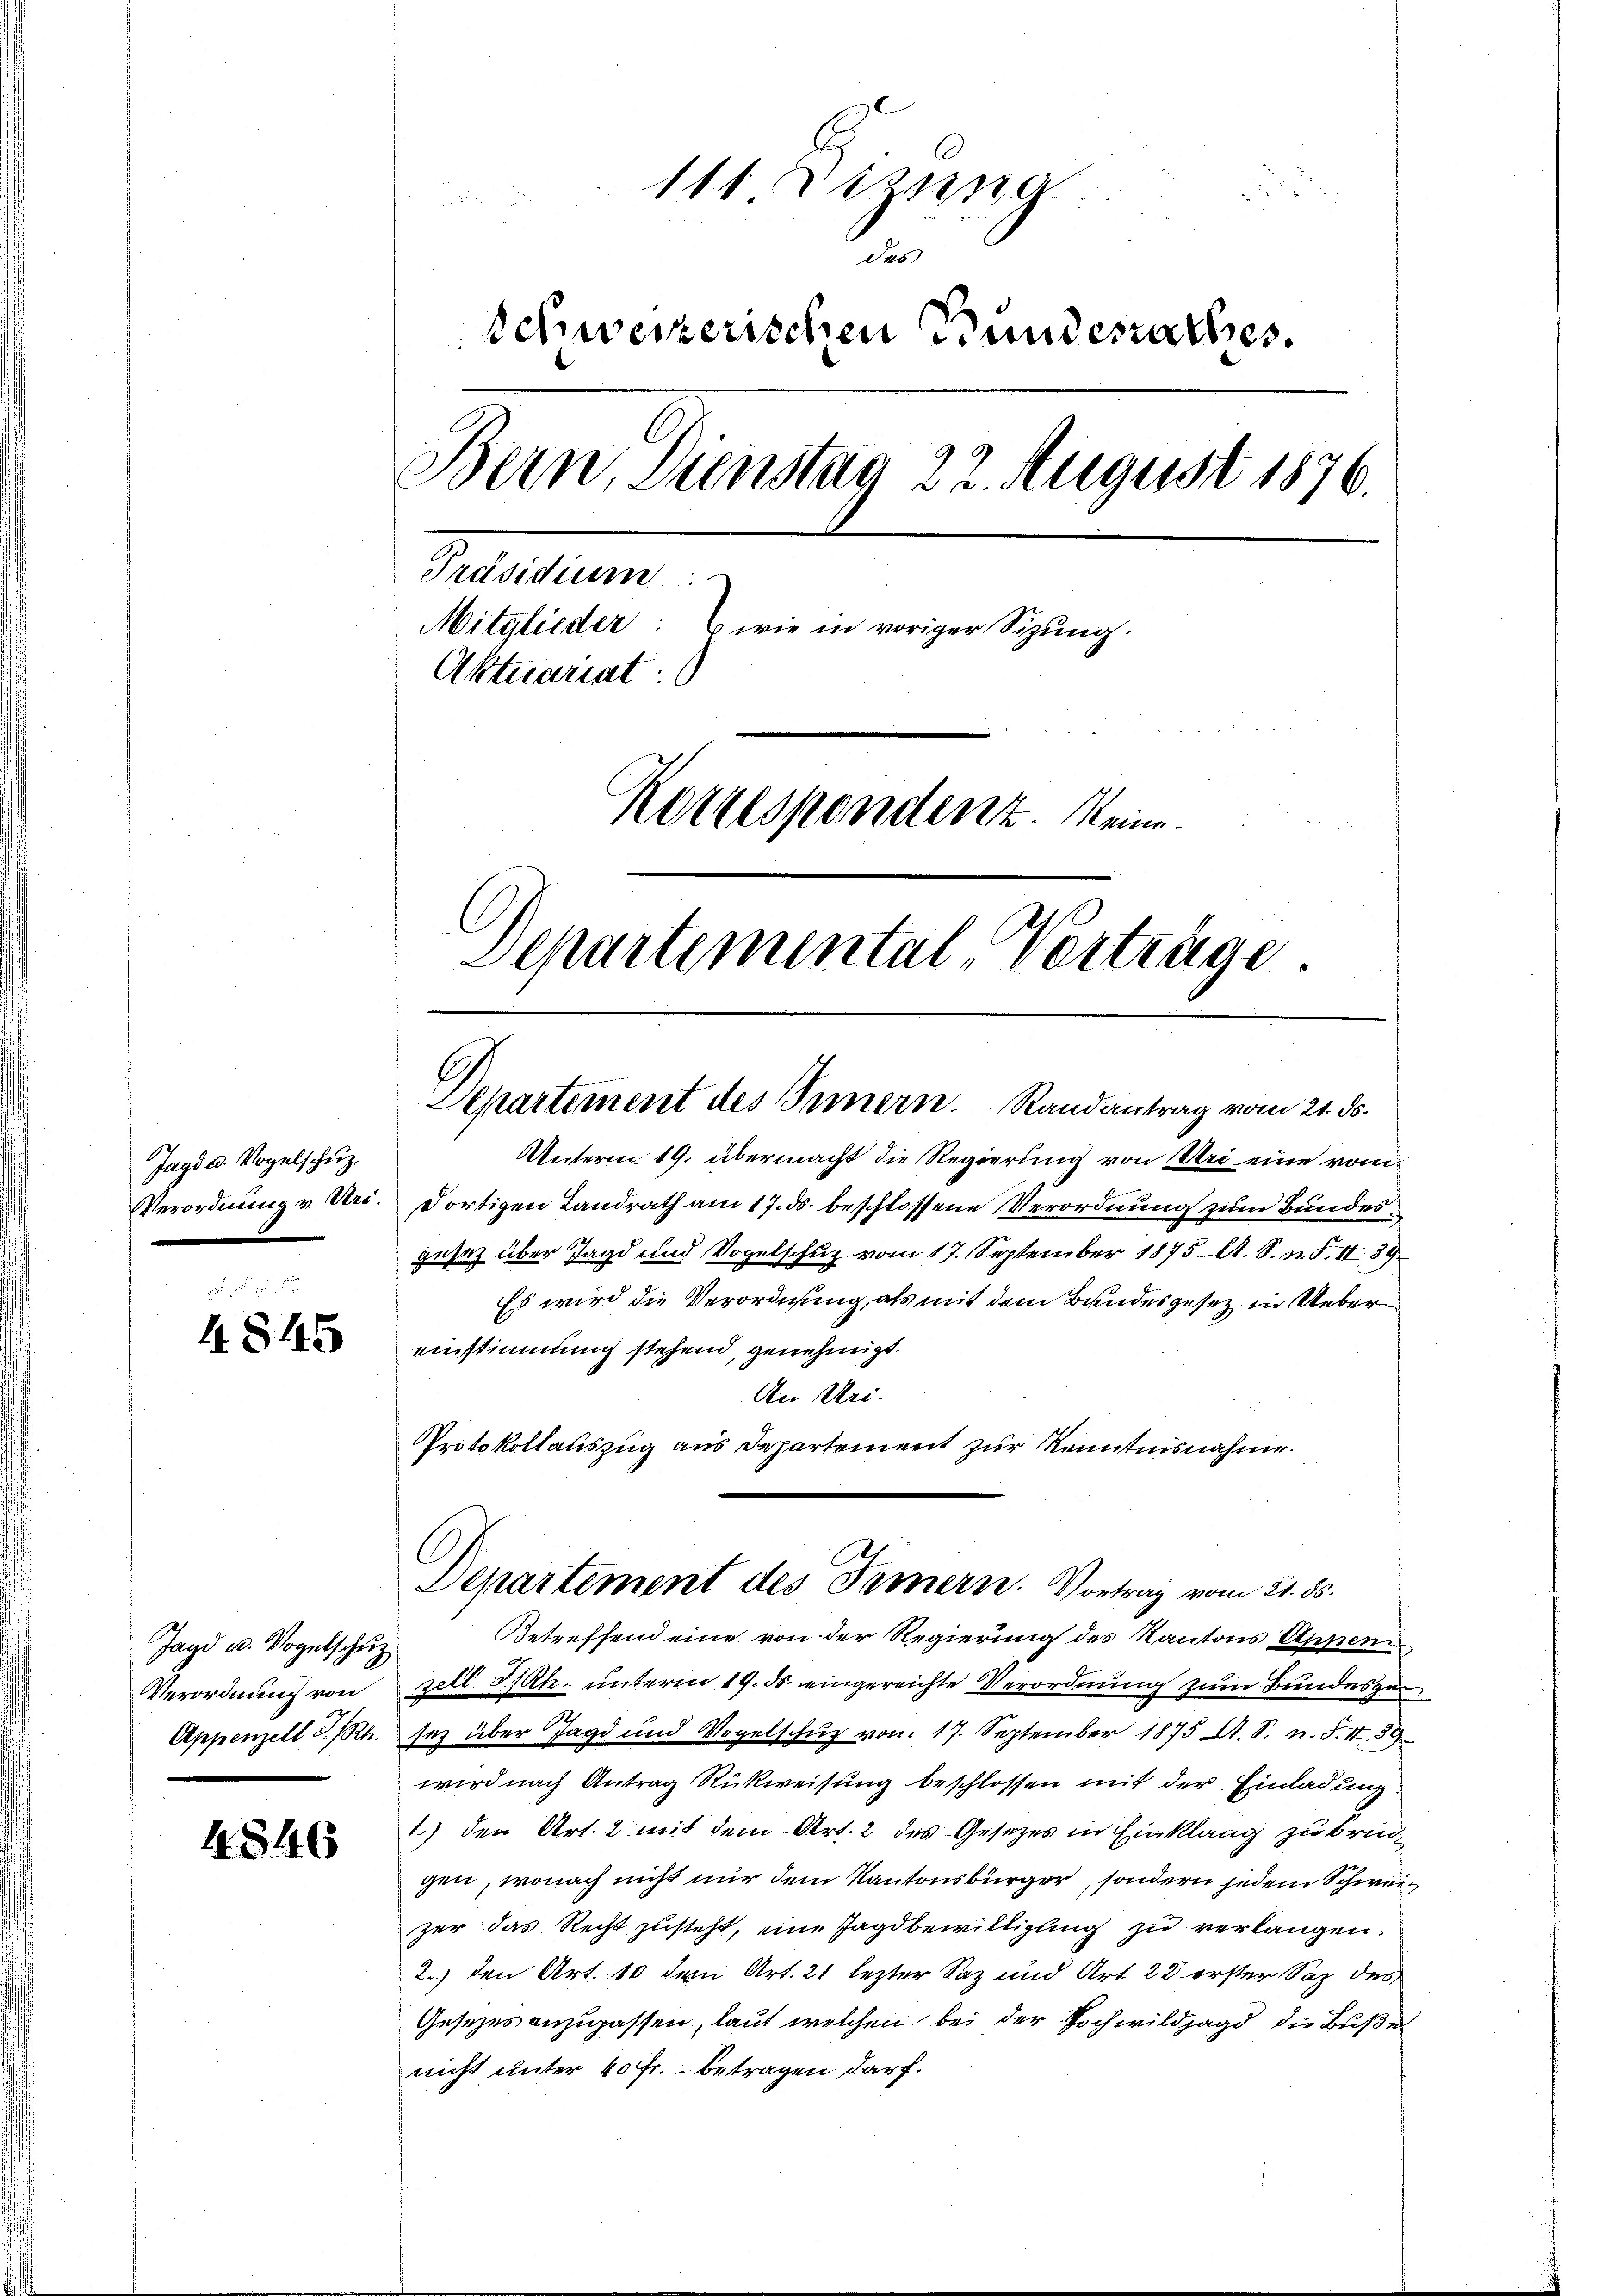
Jagd u. Vogelschŭz.
Verordnung v. Uri.
|

4845

Jagd u. Vogelschung
Verordnung von
Appenzell I.Rh.

4846

111 Dizung
Sas
Schweizerischen Bundesrathes.
Bern, Dienstag 22. August 1876.
Präsidium
Mitglieder: wie in voriger Sizung.
Aktuariat
Korrespondent. Meine
Departemental Verträge

Departement des Innern. Randantrag vom 21. ds.

Unterm 19. übermacht die Regierung von Uri eine vom
dortigen Landrath am 17. ds. beschlossene Verordnung zum Bundesgusaz über Jagd und Vogelschuz vom 17. September 1875 A. S. n. F. II 39
Es wird die Verordnung, als mit dem Bundesgesetz in Uebereinstimmung stehend, genehmigt.
An Uri.
Protokollauszug aus Departement zur Kenntnisnahme.
Betreffend eine von der Regierung des Kantons Appen
zell I/Rh. unterm 19. ds. eingereichte Verordnung zum Bundesge¬
Inz über Jagd und Vogelschuß von 17. September 1875 A. S. n. F. II 39
wird nach Antrag Rückweisung beschlossen mit der Einladung
1) den Art. 2 mit dem Art. 2 des Gesetzes in Einklang zu bringen, wonach nicht nur dem Kantonsbürger, sondern jedem Schweizer das Recht zusteht, eine Jagdbewilligung zu verlangen.
2.) den Art. 10 dem Art. 21 lezter Saz und Art. 22 erster Sax des
Gesezes anzupassen, laut welchen bei der Hochwildjagd die Buße
nicht unter 40 Fr. Betragen darf.

Departement des Innern. Vortrag vom 21. ds.